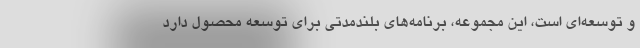
و توسعه‌اي است، اين مجموعه، برنامه‌هاي بلندمدتي براي توسعه محصول دارد